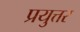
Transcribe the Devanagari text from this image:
प्रयुत्तर